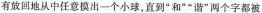
有放回地从中任意摸出一个小球， 直到”和””谐”两个字都被